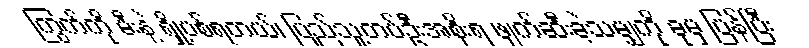
ကြွက်ကို မီးနဲ့ ရှို့ပစ်ရတယ်၊ ပြည်သူ့တပ်ဦးအစိုးရ ဖျက်ဆီးခဲ့သမျှကို ခုမှ ပြန်ပြီး